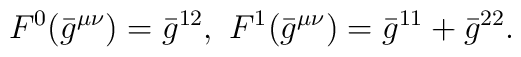
{}F^0(\bar{g}^{\mu \nu}) = \bar{g}^{12},\ F^1(\bar{g}^{\mu \nu}) =			\bar{g}^{11} + \bar{g}^{22}.